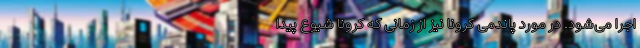
اجرا می‌‌شود. در مورد پاندمی کرونا نیز از زمانی که کرونا شیوع پیدا